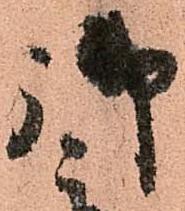
御